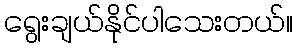
ရွေးချယ်နိုင်ပါသေးတယ်။